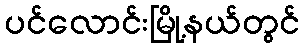
ပင်လောင်းမြို့နယ်တွင်